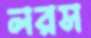
লরস